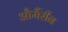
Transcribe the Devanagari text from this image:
और्मैरीन